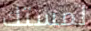
لمستك